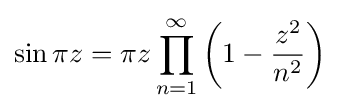
\sin \pi z=\pi z\prod _{n=1}^{\infty }\left(1-{{z^{2}} \over {n^{2}}}\right)